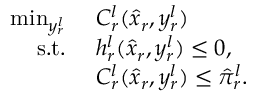
\begin{array} { r l } { \operatorname* { m i n } _ { y _ { r } ^ { l } } \ } & { C _ { r } ^ { l } ( \hat { x } _ { r } , y _ { r } ^ { l } ) } \\ { \mathrm { s . t . } \ } & { h _ { r } ^ { l } ( \hat { x } _ { r } , y _ { r } ^ { l } ) \leq 0 , } \\ & { C _ { r } ^ { l } ( \hat { x } _ { r } , y _ { r } ^ { l } ) \leq \hat { \pi } _ { r } ^ { l } . } \end{array}